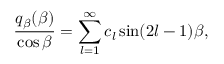
\frac { q _ { \beta } ( \beta ) } { \cos \beta } = \sum _ { l = 1 } ^ { \infty } c _ { l } \sin ( 2 l - 1 ) \beta ,